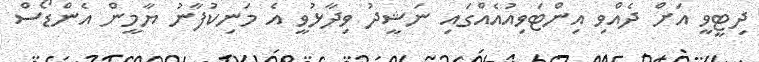
ދިޓީވީ އަށް ދެއްވި އިންޓަވިއުއެއްގައި ނަޝީދު ވިދާޅުވީ އެ މަނިކުފާނު ޔާމީން އެންޑޯސް